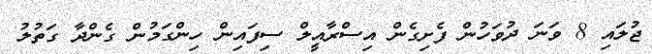
ޖުލައި 8 ވަނަ ދުވަހުން ފެށިގެން އިސްރާއީލް ސިފައިން ހިންގަމުން ގެންދާ ގަތުލު